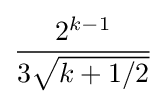
{2^{k-1} \over 3{\sqrt {k+1/2}}}